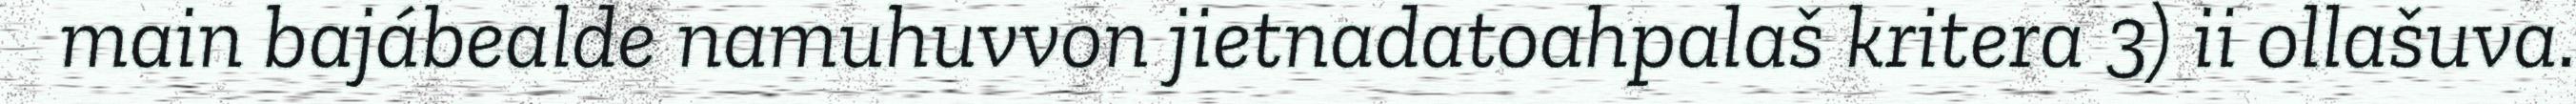
main bajábealde namuhuvvon jietnadatoahpalaš kritera 3) ii ollašuva.